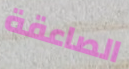
الصاعقة